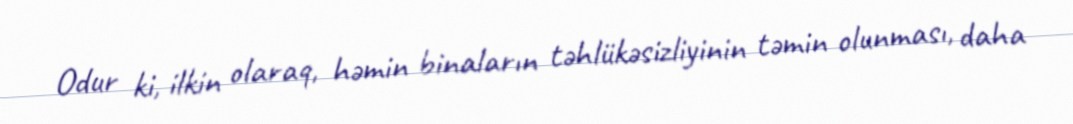
Odur ki, ilkin olaraq, həmin binaların təhlükəsizliyinin təmin olunması, daha